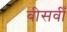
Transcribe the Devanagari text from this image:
बीसवीँ